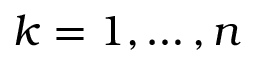
k = 1 , \dotsc , n